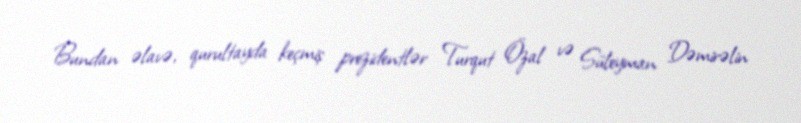
Bundan əlavə, qurultayda keçmiş prezidentlər Turqut Özal və Süleyman Dəmirəlin